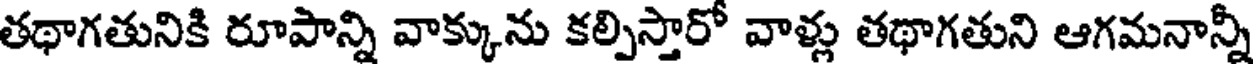
తథాగతునికి రూపాన్ని వాక్కును కల్పిస్తారో వాళ్లు తథాగతుని ఆగమనాన్నీ